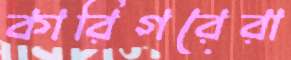
কারিগরেরা